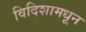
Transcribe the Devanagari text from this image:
विदिशामधून